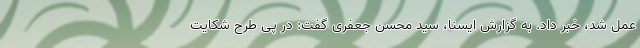
عمل شد، خبر داد. به گزارش ایسنا، سید محسن جعفری گفت: در پی طرح شکایت